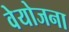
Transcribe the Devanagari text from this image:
वेयोजना